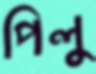
পিলু